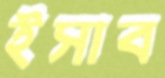
ইসাব